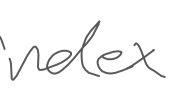
Text: index
Cross-out: clean
Writing tool: digital_gray